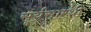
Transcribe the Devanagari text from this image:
सूर्यसारथी